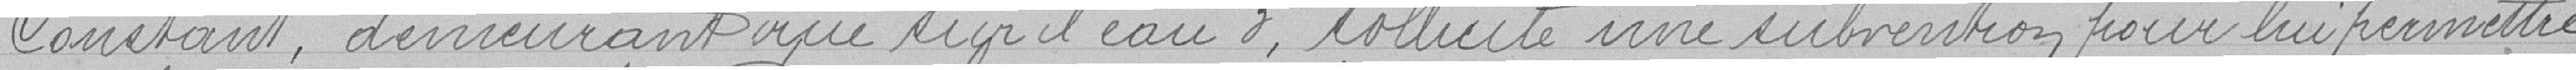
Constant, demeurant rue sur l'eau 3, sollicite une subvention pour lui permettre